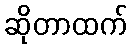
ဆိုတာထက်